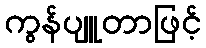
ကွန်ပျူတာဖြင့်